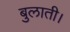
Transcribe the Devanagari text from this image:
बुलाती।